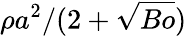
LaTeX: \rho{a}^{2}/(2+\sqrt{Bo})